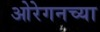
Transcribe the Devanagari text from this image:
ओरेगनच्या